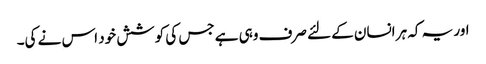
اور یہ کہ ہر انسان کے لئے صرف وہی ہے جس کی کوشش خود اس نے کی۔